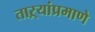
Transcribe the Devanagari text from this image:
ताऱ्यांप्रमाणे